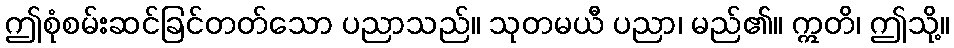
ဤစုံစမ်းဆင်ခြင်တတ်သော ပညာသည်။ သုတမယီ ပညာ၊ မည်၏။ ဣတိ၊ ဤသို့။